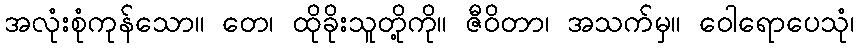
အလုံးစုံကုန်သော။ တေ၊ ထိုခိုးသူတို့ကို။ ဇီဝိတာ၊ အသက်မှ။ ဝေါရောပေသုံ၊